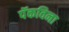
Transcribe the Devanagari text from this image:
पॅकविना